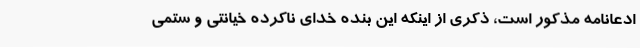
ادّعانامه مذکور است، ذکری از اینکه این بنده خدای ناکرده خیانتی و ستمی